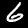
Label: 6